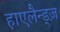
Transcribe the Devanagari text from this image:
हाएलैन्ड्ज़